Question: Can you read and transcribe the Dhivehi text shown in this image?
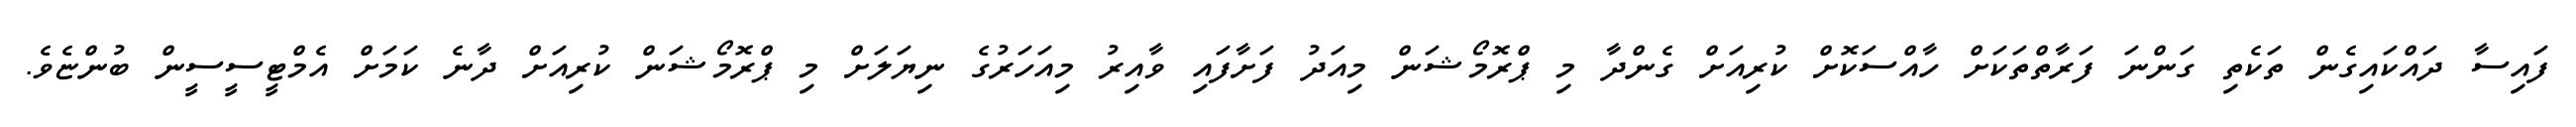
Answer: ފައިސާ ދައްކައިގެން ތަކެތި ގަންނަ ފަރާތްތަކަށް ހާއްސަކޮށް ކުރިއަށް ގެންދާ މި ޕްރޮމޯޝަން މިއަދު ފަށާފައި ވާއިރު މިއަހަރުގެ ނިޔަލަށް މި ޕްރޮމޯޝަން ކުރިއަށް ދާނެ ކަމަށް އެމްޓީސީސީން ބުންޏެވެ.